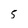
Character: 5